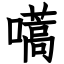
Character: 嚆